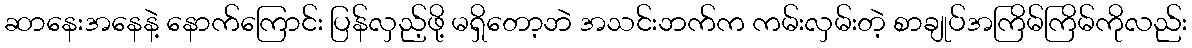
ဆာနေးအနေနဲ့ နောက်ကြောင်း ပြန်လှည့်ဖို့ မရှိတော့ဘဲ အသင်းဘက်က ကမ်းလှမ်းတဲ့ စာချုပ်အကြိမ်ကြိမ်ကိုလည်း